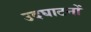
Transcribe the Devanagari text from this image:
उदघाटनों